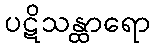
ပဋိသန္ထာရော